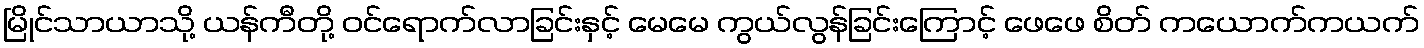
မြိုင်သာယာသို့ ယန်ကီတို့ ဝင်ရောက်လာခြင်းနှင့် မေမေ ကွယ်လွန်ခြင်းကြောင့် ဖေဖေ စိတ် ကယောက်ကယက်